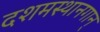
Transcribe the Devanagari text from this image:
दशमस्थानगान्